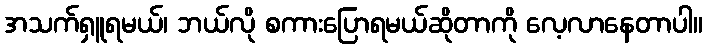
အသက်ရှူရမယ်၊ ဘယ်လို စကားပြောရမယ်ဆိုတာကို လေ့လာနေတာပါ။